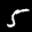
Label: 5